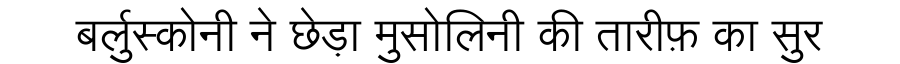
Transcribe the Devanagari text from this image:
बर्लुस्कोनी ने छेड़ा मुसोलिनी की तारीफ़ का सुर